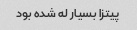
پیتزا بسیار له شده بود